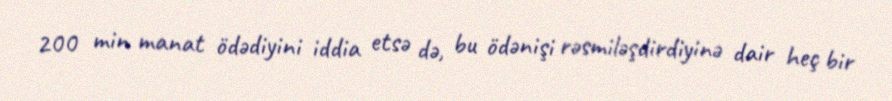
200 min manat ödədiyini iddia etsə də, bu ödənişi rəsmiləşdirdiyinə dair heç bir